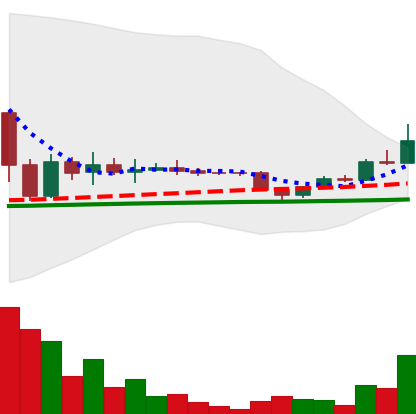
Ticker: DOGE-USD
Chart end date: 2022-11-27
Forward return: 3.481%
Label: up_3_5